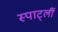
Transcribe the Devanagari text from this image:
स्पार्ट्ली